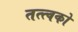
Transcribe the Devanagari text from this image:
तत्त्वको